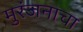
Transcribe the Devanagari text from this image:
मुरंजनाचा